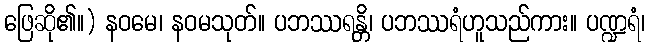
ဖြေဆို၏။) နဝမေ၊ နဝမသုတ်။ ပဘဿရန္တိ၊ ပဘဿရံဟူသည်ကား။ ပဏ္ဍရံ၊